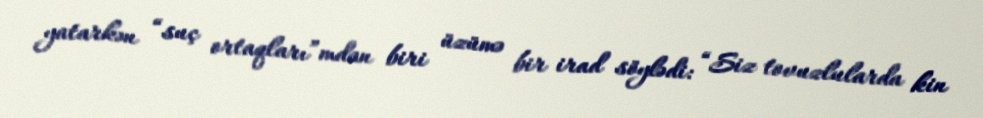
yatarkən “suç ortaqları”mdan biri üzümə bir irad söylədi: “Siz tovuzlularda kin